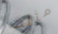
مثلت